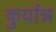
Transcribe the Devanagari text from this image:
कुर्यान्न